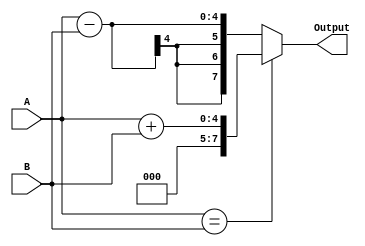
module generate_func(
    input [3:0] A,
    input [3:0] B,
    output reg [7:0] Output
);

always @(*) begin
    if (A == B)
        Output = A + B;
    else
        Output = A - B;
end

endmodule